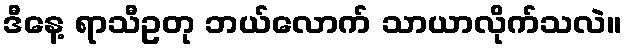
ဒီနေ့ ရာသီဥတု ဘယ်လောက် သာယာလိုက်သလဲ။